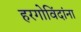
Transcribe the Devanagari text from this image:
हरगोविंदांना